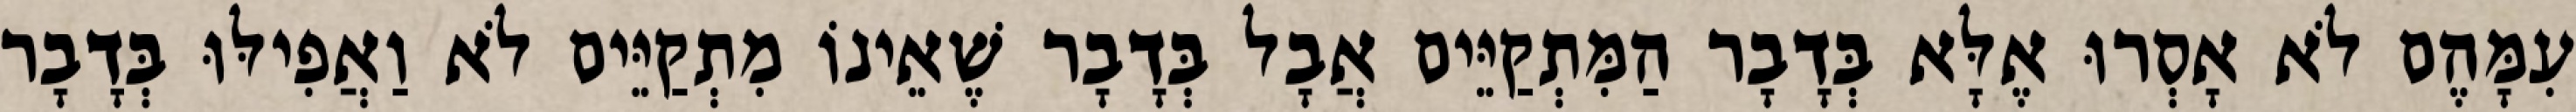
עִמָּהֶם לֹא אָסְרוּ אֶלָּא בְּדָבָר הַמִּתְקַיֵּים אֲבָל בְּדָבָר שֶׁאֵינוֹ מִתְקַיֵּים לֹא וַאֲפִילּוּ בְּדָבָר